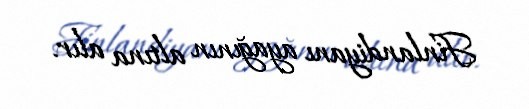
Finlandiyanı ayağının altına alır.